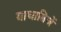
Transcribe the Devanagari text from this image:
याथाबिजें